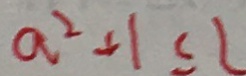
a ^ { 2 } + 1 \leq l